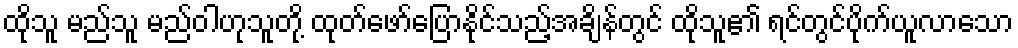
ထိုသူ မည်သူ မည်ဝါဟုသူတို့ ထုတ်ဖော်ပြောနိုင်သည့်အချိန်တွင် ထိုသူ၏ ရင်တွင်ပိုက်ယူလာသော